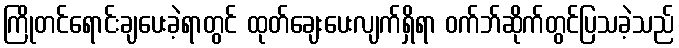
ကြိုတင်ရောင်းချပေးခဲ့ရာတွင် ထုတ်ချေးပေးလျက်ရှိရာ ဝက်ဘ်ဆိုက်တွင်ပြသခဲ့သည်